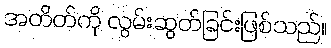
အတိတ်ကို လွမ်းဆွတ်ခြင်းဖြစ်သည်။